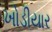
ખોડીયાર